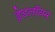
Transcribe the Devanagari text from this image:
ड्रेडलॉयन